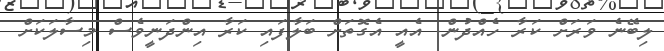
ލިބޭނެ ވަރަށް ކަރާ ހެއްްދުން. އެއީ އެގޮތަށް ބަލާފައި ކަރާ އިންދަނީވެސް މިސާލަކަށް